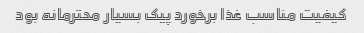
کیفیت مناسب غذا برخورد پیک بسیار محترمانه بود